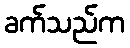
ခက်သည်က